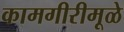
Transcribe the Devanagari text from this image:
कामगीरीमूळे